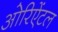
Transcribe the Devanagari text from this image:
ओरिऐंटल